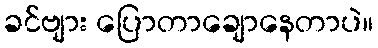
ခင်ဗျား ပြောတာချောနေတာပဲ။